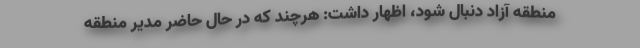
منطقه آزاد دنبال شود، اظهار داشت: هرچند که در حال حاضر مدیر منطقه